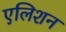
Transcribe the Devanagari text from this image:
एलिशन